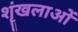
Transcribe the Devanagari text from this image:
शॄंखलाओं